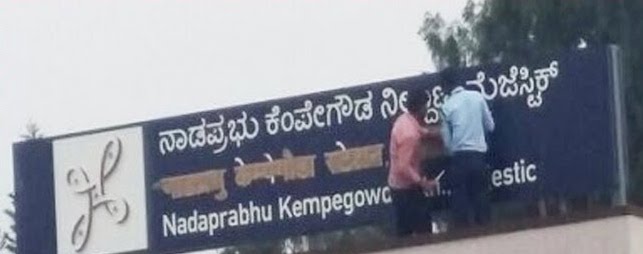
Language: kannada
Transcription: ನಾಡಪ್ರಭು ಕೆಂಪೇಗೌಡ